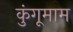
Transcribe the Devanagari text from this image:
कुंगूमाम